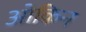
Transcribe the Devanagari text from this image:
ओकिन